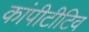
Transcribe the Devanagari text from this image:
कांपीटीटिव